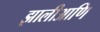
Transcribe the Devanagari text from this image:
झालीआणि